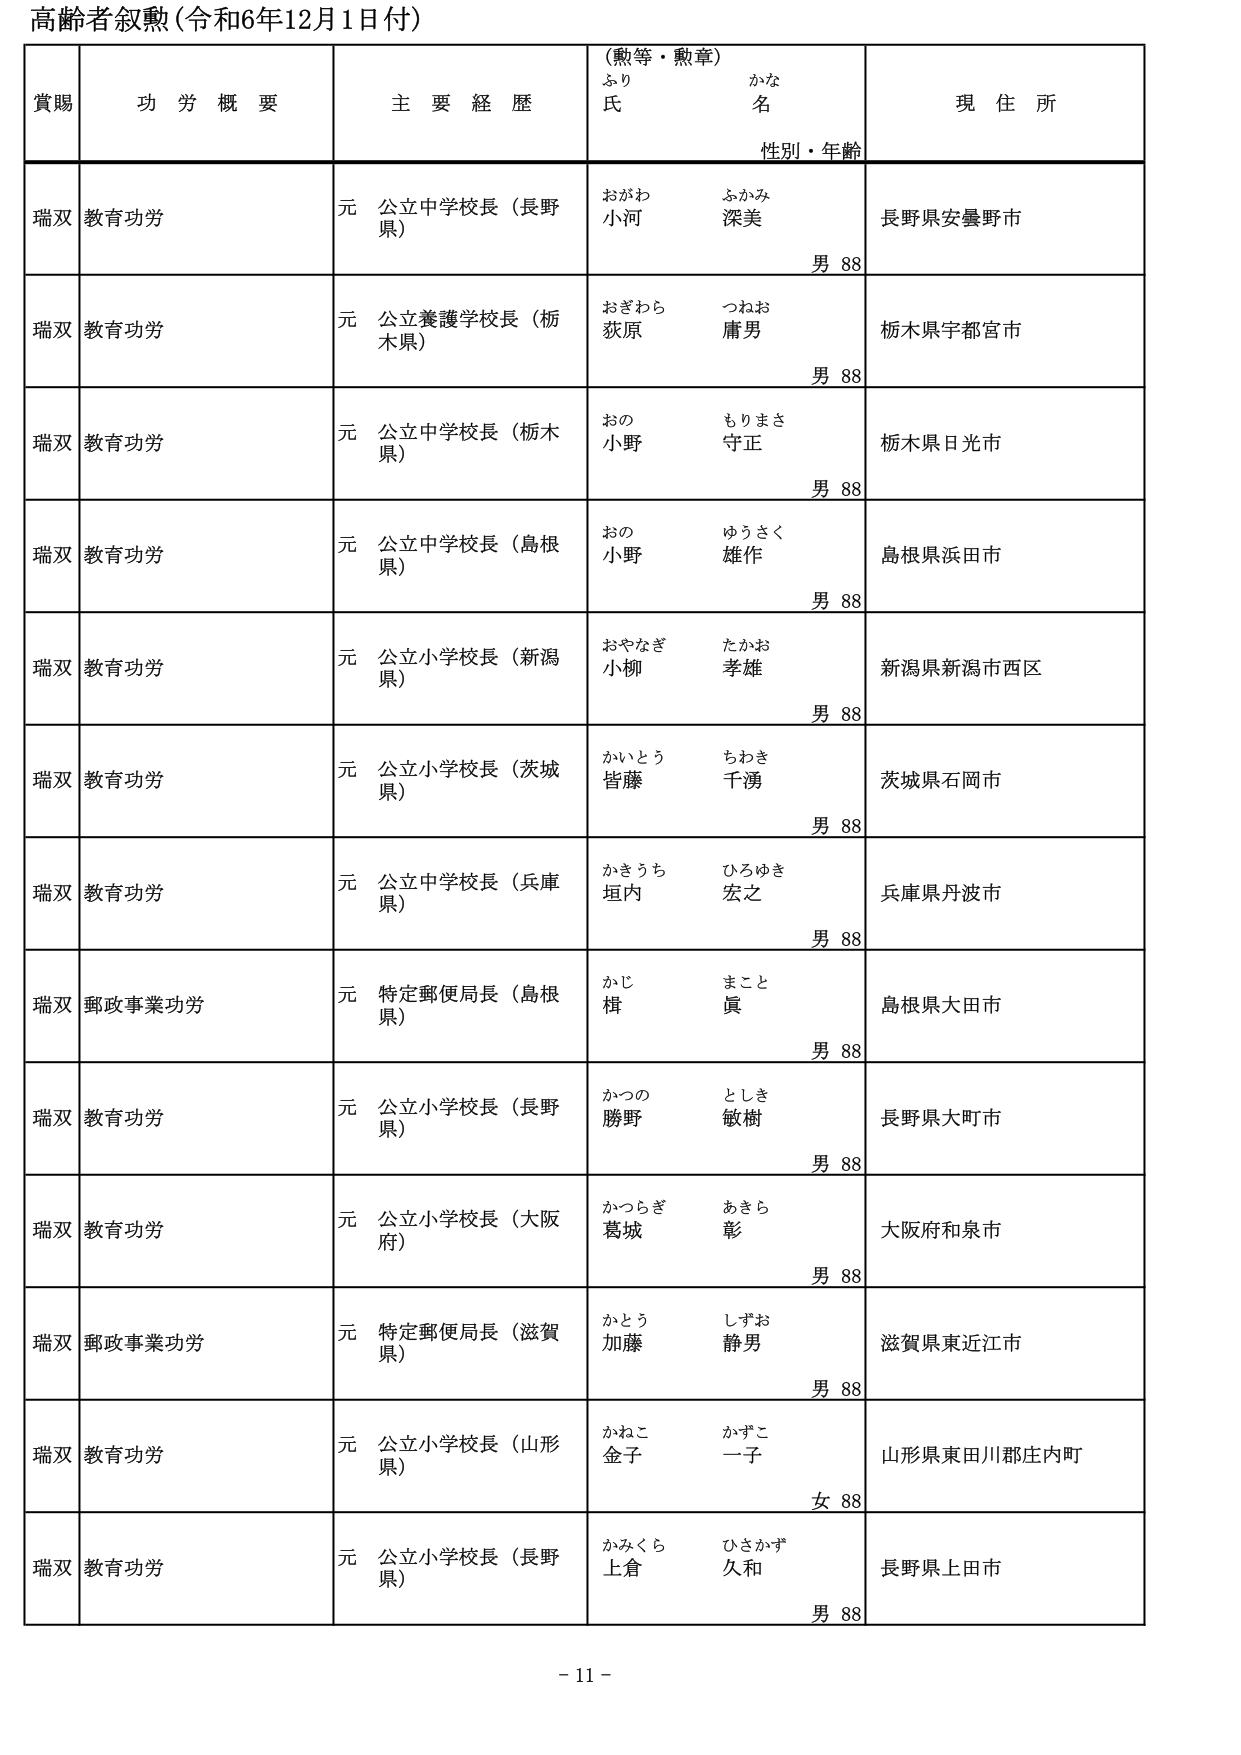
高齢者叙勲（令和6年12月1日付）

賞賜　　功労概要　　主要経歴　　（勲等・勲章）　　現住所
　　　　　　　　　　　　　　ふり　　かな
　　　　　　　　　　　　　　氏　　名
　　　　　　　　　　　　　　性別・年齢

瑞双　教育功労　　元 公立中学校長（長野県）　　おがわ　ふかみ　　長野県安曇野市
　　　　　　　　　　　　　　　　　　　　　　　　小河　深美　　男 88

瑞双　教育功労　　元 公立養護学校長（栃木県）　　おぎわら　つねお　　栃木県宇都宮市
　　　　　　　　　　　　　　　　　　　　　　　　荻原　庸男　　男 88

瑞双　教育功労　　元 公立中学校長（栃木県）　　おの　もりまさ　　栃木県日光市
　　　　　　　　　　　　　　　　　　　　　　　　小野　守正　　男 88

瑞双　教育功労　　元 公立中学校長（島根県）　　おの　ゆうさく　　島根県浜田市
　　　　　　　　　　　　　　　　　　　　　　　　小野　雄作　　男 88

瑞双　教育功労　　元 公立小学校長（新潟県）　　おやなぎ　たかお　　新潟県新潟市西区
　　　　　　　　　　　　　　　　　　　　　　　　小柳　孝雄　　男 88

瑞双　教育功労　　元 公立小学校長（茨城県）　　かいとう　ちわき　　茨城県石岡市
　　　　　　　　　　　　　　　　　　　　　　　　皆藤　千湧　　男 88

瑞双　教育功労　　元 公立中学校長（兵庫県）　　かきうち　ひろゆき　　兵庫県丹波市
　　　　　　　　　　　　　　　　　　　　　　　　垣内　宏之　　男 88

瑞双　郵政事業功労　元 特定郵便局長（島根県）　　かじ　まこと　　島根県大田市
　　　　　　　　　　　　　　　　　　　　　　　　楫　眞　　男 88

瑞双　教育功労　　元 公立小学校長（長野県）　　かつの　としき　　長野県大町市
　　　　　　　　　　　　　　　　　　　　　　　　勝野　敏樹　　男 88

瑞双　教育功労　　元 公立小学校長（大阪府）　　かつらぎ　あきら　　大阪府和泉市
　　　　　　　　　　　　　　　　　　　　　　　　葛城　彰　　男 88

瑞双　郵政事業功労　元 特定郵便局長（滋賀県）　　かとう　しずお　　滋賀県東近江市
　　　　　　　　　　　　　　　　　　　　　　　　加藤　静男　　男 88

瑞双　教育功労　　元 公立小学校長（山形県）　　かねこ　かずこ　　山形県東田川郡庄内町
　　　　　　　　　　　　　　　　　　　　　　　　金子　一子　　女 88

瑞双　教育功労　　元 公立小学校長（長野県）　　かみくら　ひさかず　　長野県上田市
　　　　　　　　　　　　　　　　　　　　　　　　上倉　久和　　男 88

- 11 -